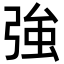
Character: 強